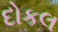
દોકલ